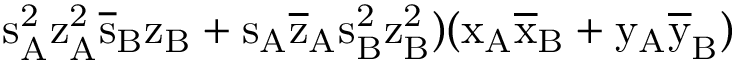
\mathrm { s _ { A } ^ { 2 } \mathrm { z _ { A } ^ { 2 } \mathrm { \overline { { s } } _ { B } \mathrm { z _ { B } + \mathrm { s _ { A } \mathrm { \overline { { z } } _ { A } \mathrm { s _ { B } ^ { 2 } \mathrm { z _ { B } ^ { 2 } ) ( \mathrm { x _ { A } \mathrm { \overline { { x } } _ { B } + \mathrm { y _ { A } \mathrm { \overline { { y } } _ { B } ) } } } } } } } } } } } }